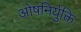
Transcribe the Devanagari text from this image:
ओषनिर्युक्ति